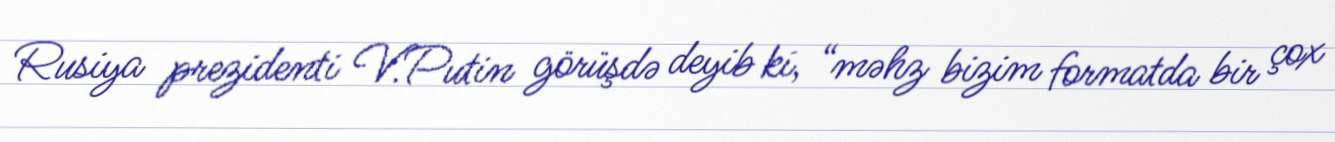
Rusiya prezidenti V.Putin görüşdə deyib ki, “məhz bizim formatda bir çox